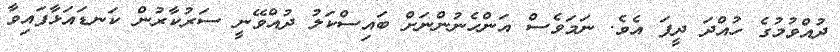
ދުއްވުމުގެ ހުއްދަ ދީފަ އެވެ. ނަމަވެސް އަންހެނުންނަށް ބައިސްކަލު ދުއްވޭނީ ސަރުކާރުން ކަނޑައަޅާފައިވާ